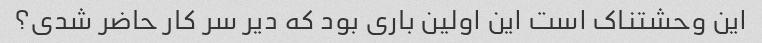
این وحشتناک است این اولین باری بود که دیر سر کار حاضر شدی؟